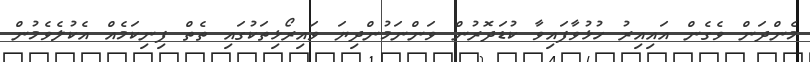
މެންދަން ވެގެން އައިއިރު ހުޅުވާފައިވާ ކުޑަދޮރުން ވަންނަމުންދިޔަ ވައިރޯޅިތަކުގައި ތެތް ފިނިކަމެއް އެކުލެވެމުން